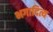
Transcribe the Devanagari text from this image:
भगादित्य